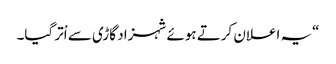
“یہ اعلان کرتے ہوئے شہزاد گاڑی سے اْتر گیا۔